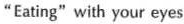
"Eating" with your eyes